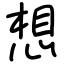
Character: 想